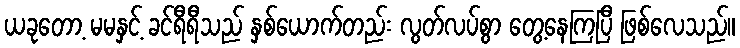
ယခုတော့ မမနှင့် ခင်ရီရီသည် နှစ်ယောက်တည်း လွတ်လပ်စွာ တွေ့နေကြပြီ ဖြစ်လေသည်။